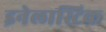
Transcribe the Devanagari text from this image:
इनेलास्टिक